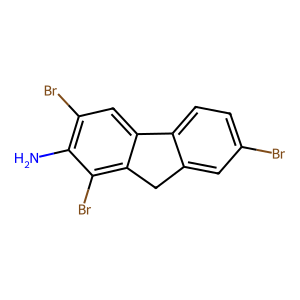
SMILES: Nc1c(Br)cc2c(c1Br)Cc1cc(Br)ccc1-2
Inhibits HIV replication: No